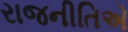
રાજનીતિએ